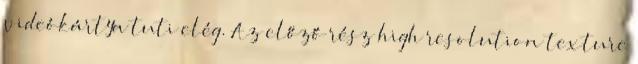
videókártya tuti elég. Az előző rész high resolution texture